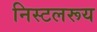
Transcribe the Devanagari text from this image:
निस्टलरूय